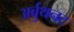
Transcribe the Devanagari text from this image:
अर्बुथनट